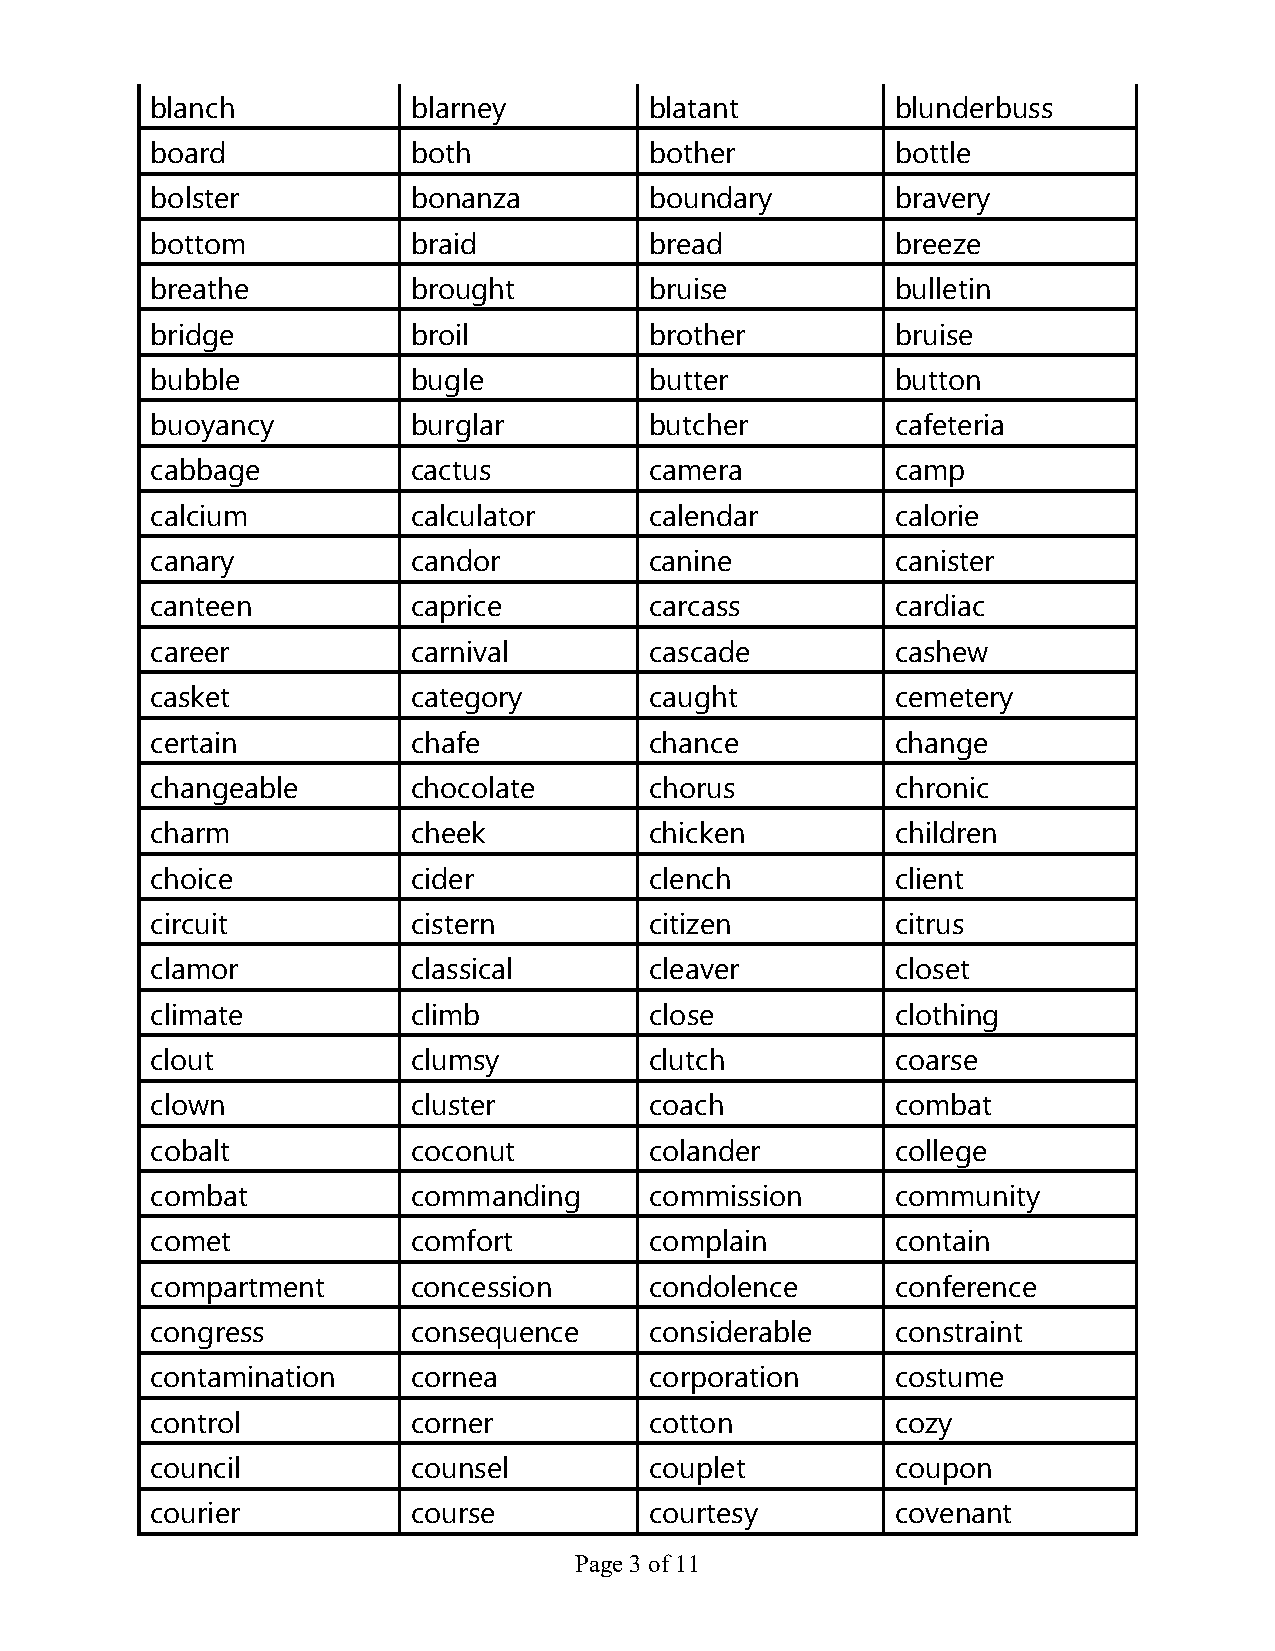
blanch           blarney         blatant         blunderbuss
 board            both            bother          bottle
 bolster          bonanza         boundary        bravery
 bottom           braid           bread           breeze
 breathe          brought         bruise          bulletin
 bridge           broil           brother         bruise
 bubble           bugle           butter          button
 buoyancy         burglar         butcher         cafeteria
 cabbage          cactus          camera          camp
 calcium          calculator      calendar        calorie
 canary           candor          canine          canister
 canteen          caprice         carcass         cardiac
 career           carnival        cascade         cashew
 casket           category        caught          cemetery
 certain          chafe           chance          change
 changeable       chocolate       chorus          chronic
 charm            cheek           chicken         children
 choice           cider           clench          client
 circuit          cistern         citizen         citrus
 clamor           classical       cleaver         closet
 climate          climb           close           clothing
 clout            clumsy          clutch          coarse
 clown            cluster         coach           combat
 cobalt           coconut         colander        college
 combat           commanding      commission      community
 comet            comfort         complain        contain
 compartment      concession      condolence      conference
 congress         consequence     considerable    constraint
 contamination    cornea          corporation     costume
 control          corner          cotton          cozy
 council          counsel         couplet         coupon
 courier          course          courtesy        covenant
 Page 3 of 11